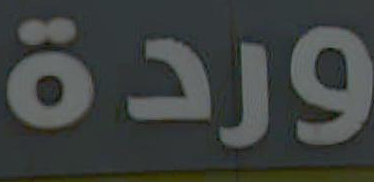
وردة